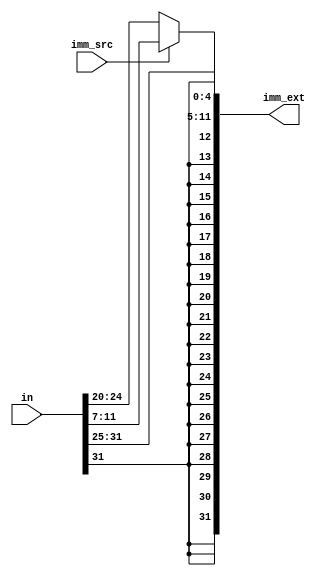
module sign_extend(in,imm_src,imm_ext);
input [31:0]in;
input imm_src;
output [31:0]imm_ext;
assign imm_ext = imm_src ? {{20{in[31]}}, in[31:25], in[11:7]} : {{20{in[31]}}, in[31:20]};
endmodule